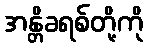
အန္တိခရစ်တို့ကို